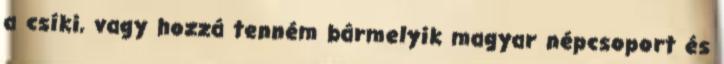
a csíki, vagy hozzá tenném bármelyik magyar népcsoport és